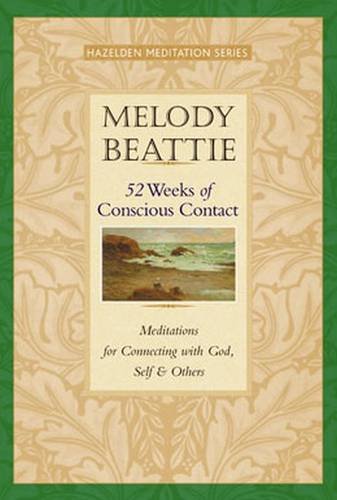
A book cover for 52 Weeks of Conscious Contact (Hazelden Meditation); Melody Beattie; Self-Help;